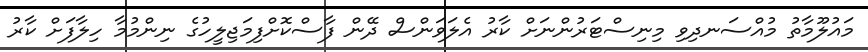
މައުލޫމާތު މުއްސަނދިވި މިނިސްޓަރުންނަށް ކާރު އެލަވަންސް ދޭން ފާސްކޮށްފިމަޖިލީހުގެ ނިންމުމާ ހިލާފަށް ކާރު